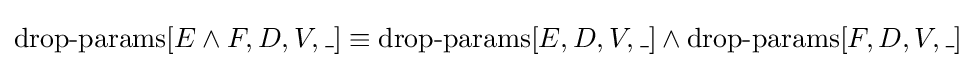
\operatorname {drop-params} [E\land F,D,V,\_]\equiv \operatorname {drop-params} [E,D,V,\_]\land \operatorname {drop-params} [F,D,V,\_]